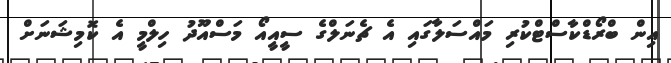
އިން ބްރޯޑްކާސްޓްކުރި މައްސަލާގައި އެ ޗެނަލްގެ ސީއީއޯ މަސްއޫދު ހިލްމީ އެ ކޮމިޝަނަށް